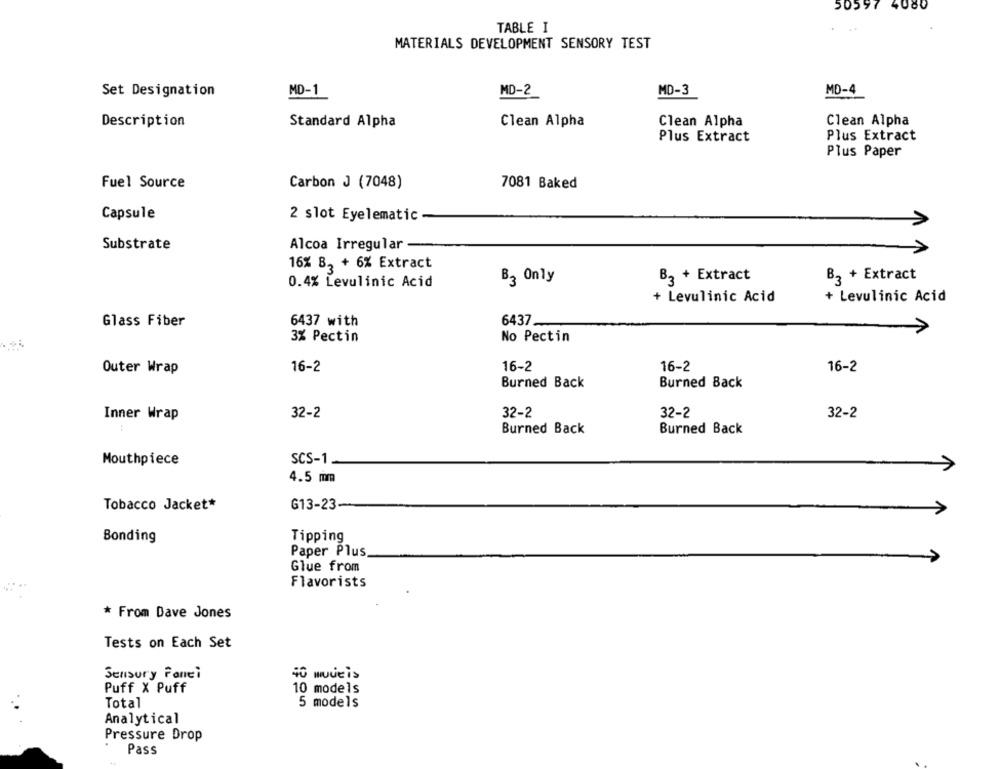
50597 4080
TABLE I
MATERIALS DEVELOPMENT SENSORY TEST
Set Designation
MD-1
MD-2
MD-3
MD-4
Description
Standard Alpha
Clean Alpha
Clean Alpha
Clean Alpha
Plus Extract
Plus Extract
Plus Paper
Carbon J (7048)
7081 Baked
Fuel Source
Capsule
2 slot Eyelematic
Substrate
Alcoa Irregular
16% B, + 6% Extract
B3 + Extract
B3 + Extract
0.4% Levulinic Acid
B2 Only
+ Levulinic Acid
+ Levulinic Acid
Glass Fiber
6437 with
6437_
3% Pectin
No Pectin
Outer Wrap
16-2
16-2
16-2
16-2
Burned Back
Burned Back
Inner Wrap
32-2
32-2
32-2
32-2
Burned Back
Burned Back
Mouthpiece
SCS-1.
4.5 mm
Tobacco Jacket*
G13-23
Bonding
Tipping
Paper Plus
Glue from
Flavorists
* From Dave Jones
Tests on Each Set
Sensory Fanei
Puff X Puff
10 models
Total
5 models
Analytical
Pressure Drop
Pass